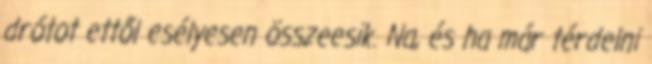
drótot ettől esélyesen összeesik. Na, és ha már térdelni